Indian journal of veterinary science and animal husbandry - Volume 13,
Year: 1943
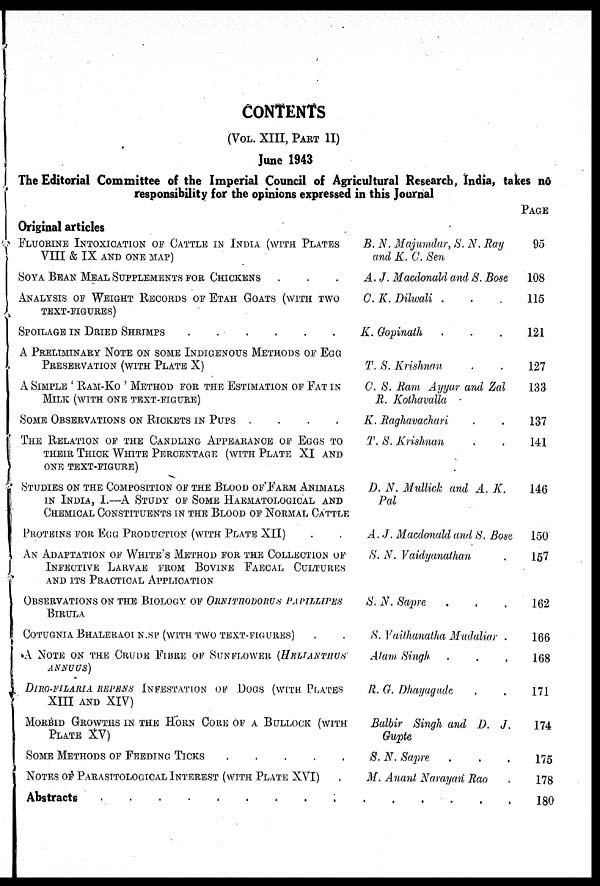
CONTENTS
(VOL. XIII, PART II)
June 1943
The Editorial Committee of the Imperial Council of Agricultural Research, India, takes no
responsibility for the opinions expressed in this Journal
Original articles
FLUORINE INTOXICATION OF CATTLE IN INDIA (WITH PLATES
VIII & IX AND ONE MAP)
SOYA BEAN MEAL SUPPLEMENTS FOR CHICKENS
ANALYSIS OF WEIGHT RECORDS OF ETAH GOATS (WITH TWO
TEXT-FIGURES)
SPOILAGE IN DRIED SHRIMPS . . . . . .
A PRELIMINARY NOTE ON SOME INDIGENOUS METHODS OF EGG
PRESERVATION (WITH PLATE X)
A SIMPLE ' RAM-KO ' METHOD FOR THE ESTIMATION OF FAT IN
MILK (WITH ONE TEXT-FIGURE)
SOME OBSERVATIONS ON RICKETS IN PUPS .
.
.
.
THE RELATION OF THE CANDLING APPEARANCE OF EGGS TO
THEIR THICKS WHITE PERCENTAGE (WITH PLATE XI AND
ONE TEXT-FIGURE)
STUDIES ON THE COMPOSITION OF THE BLOOD OF FARM ANIMALS
IN INDIA, I.—A STUDY OF SOME HEMA
AND
CHEMICAL CONSTITUENTS IN THE BLOOD OF NORMAL CATTLE
PROTEINS FOR EGG PRODUCTION (WITH PLATE XII) . .
AN ADAPTATION OF WHITE S METHOD FOR THE COLLECTION OF
INFECTIVE LARVAE FROM BOVINE FAECAL CULTURES
AND ITS PRACTICAL APPLICATION
OBSERVATION ON THE BIOLOGY OF ORNITHODORUS PAPILLIPES
BIRULA
CONTUGNIA BHALERAO N.SP (WITH TWO TEXT-FIGURES) . .
A NOTE ON THE CRUDE FIBRE OF SUNFLOWER (HELIANTHUS
ANNUOS)
DIRO-FlLARIA REPENS INFESTATION OF DOGS (WITH PLATES
XIII AND XIV)
MORBID GROWTHS IN THE HORN CORE OF A BULLOCK (WITH
PLATE XV)
SOME METHODS OF FEEDING TICKS . . . . .
NOTES OF PARASITOLOGICAL INTEREST (WITH PLATE XVI)
B. N. Majumdar, S. N. Ray
and K. C. Sen
A. J. Macdonald and S. Bose
C. K. Dilwali . . .
K. Gopinath . . .
T. S. Krishnan . .
C. S. Ram Ayyar and Zal
R. Kothavalla
K. Raghavachari . .
T. S. Krishnan . .
D. N. Mullick and A. K.
Pal
A.J. Macdonald and S. Bose
S. N. Vaidyanathan .
S. N. Sapre . . .
S. Vaithanatha Mudaliar .
Alam Singh . . .
R. G. Dhayagude . .
Balbir Singh and D. J.
Gupte
S. N. Sapre . . .
M. Anant Narayan Rao
Abstracts . . . . . . . . . . . . . . . . . .
PAGE
95
108
115
121
127
133
137
141
146
150
157
162
166
168
171
174
175
178
180